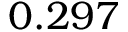
0 . 2 9 7